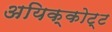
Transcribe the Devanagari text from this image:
अयिक्कोट्ट